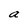
Character: a